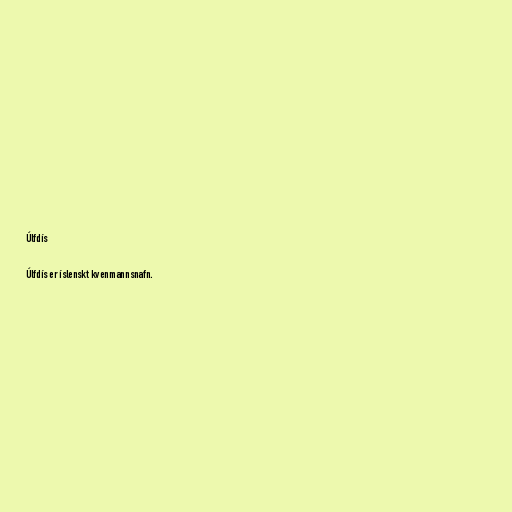
Úlfdís

Úlfdís er íslenskt kvenmannsnafn.